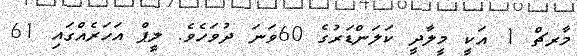
މާރޗް 1 އަކީ މީލާދީ ކަލަންޑަރުގެ 60ވަނަ ދުވަހެވެ. ލީޕް އަހަރެއްގައި 61